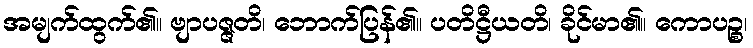
အမျက်ထွက်၏။ ဗျာပဇ္ဇတိ၊ ဘောက်ပြန်၏။ ပတိဋ္ဌီယတိ၊ ခိုင်မာ၏။ ကောပဉ္စ၊